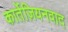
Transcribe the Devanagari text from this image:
कार्तेज़ियनवाद